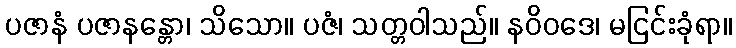
ပဇာနံ ပဇာနန္တော၊ သိသော။ ပဇံ၊ သတ္တဝါသည်။ နဝိဝဒေ၊ မငြင်းခုံရာ။